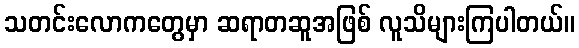
သတင်းလောကတွေမှာ ဆရာတဆူအဖြစ် လူသိများကြပါတယ်။